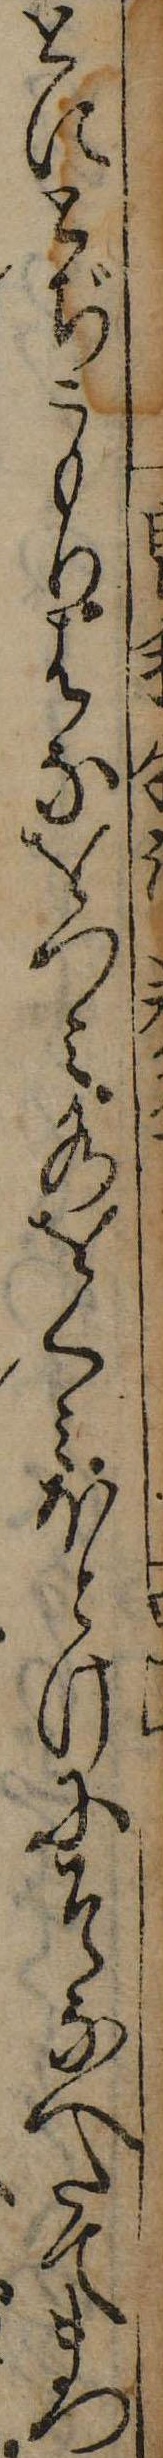
とにとぢこもりはなをつみ水をくみほとけにそなへたてまつ